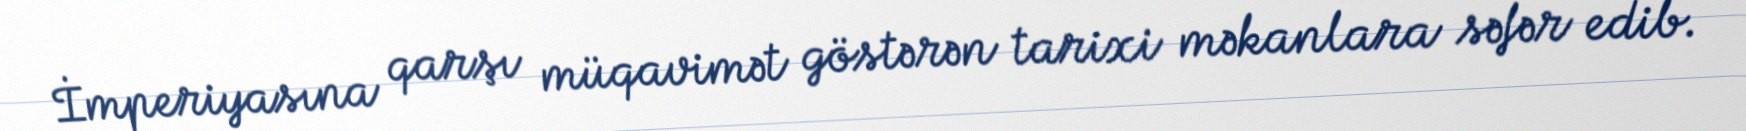
İmperiyasına qarşı müqavimət göstərən tarixi məkanlara səfər edib.